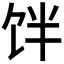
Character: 𱃷